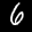
Label: 6